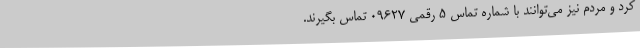
کرد و مردم نیز می‌توانند با شماره تماس ۵ رقمی ۰۹۶۲۷ تماس بگیرند.